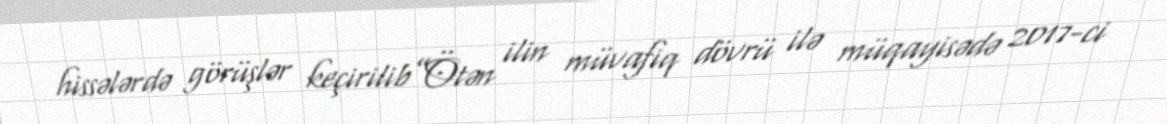
hissələrdə görüşlər keçirilib”Ötən ilin müvafiq dövrü ilə müqayisədə 2017-ci